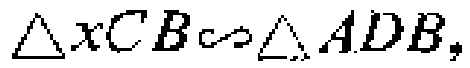
$\triangle xCB\backsim \triangle ADB,$